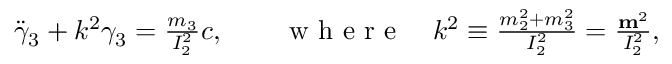
\begin{array} { r } { \ddot { \gamma } _ { 3 } + k ^ { 2 } \gamma _ { 3 } = \frac { m _ { 3 } } { I _ { 2 } ^ { 2 } } c , \qquad \mathrm { ~ w ~ h ~ e ~ r ~ e ~ } \quad k ^ { 2 } \equiv \frac { m _ { 2 } ^ { 2 } + m _ { 3 } ^ { 2 } } { I _ { 2 } ^ { 2 } } = \frac { { \bf m } ^ { 2 } } { I _ { 2 } ^ { 2 } } , } \end{array}